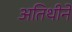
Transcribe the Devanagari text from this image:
अतिथीने